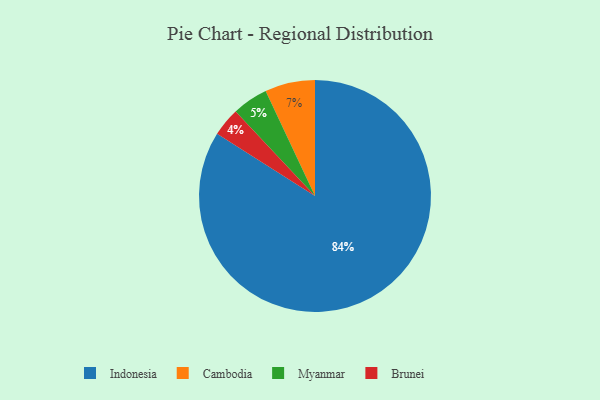
{"axis": {"x": "Category", "y": "Percentage"}, "legend": ["Brunei", "Cambodia", "Indonesia", "Myanmar"], "data": [{"x": "Cambodia", "y": 7, "type": "Cambodia"}, {"x": "Brunei", "y": 4, "type": "Brunei"}, {"x": "Myanmar", "y": 5, "type": "Myanmar"}, {"x": "Indonesia", "y": 84, "type": "Indonesia"}]}